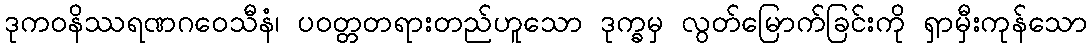
ဒုကဝနိဿရဏဂဝေသီနံ၊ ပဝတ္တတရားတည်ဟူသော ဒုက္ခမှ လွတ်မြောက်ခြင်းကို ရှာမှီးကုန်သော